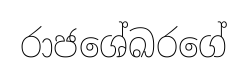
රාජශේඛරගේ